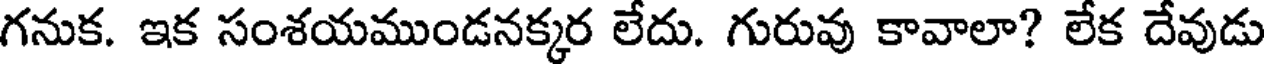
గనుక. ఇక సంశయముండనక్కర లేదు. గురువు కావాలా? లేక దేవుడు